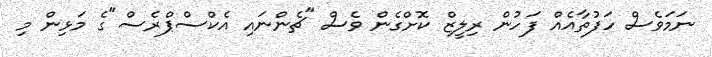
ނަމަވެސް ހަފުތާއެއް ފަހުން ރިލީޒް ކޮށްގެން ވެސް "ޗެންނައި އެކްސްޕްރެސް"ގެ މަޅިން މި